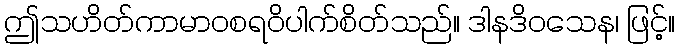
ဤသဟိတ်ကာမာဝစရဝိပါက်စိတ်သည်။ ဒါနဒိဝသေန၊ ဖြင့်။